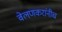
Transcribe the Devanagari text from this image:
वेलणकरांनीच